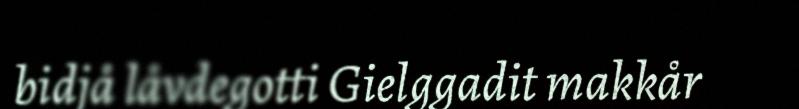
bidjå låvdegotti Gielggadit makkår